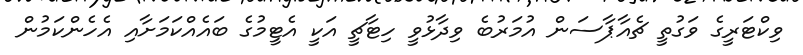
ވިކްޓަރީގެ ވަގުތީ ޗެއާޕާސަން އުމަރުބެ ވިދާޅުވީ ހިޓާޗީ އަކީ އެޓީމުގެ ބައެއްކަމަށާއި އެހެންކަމުން